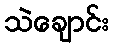
သဲချောင်း